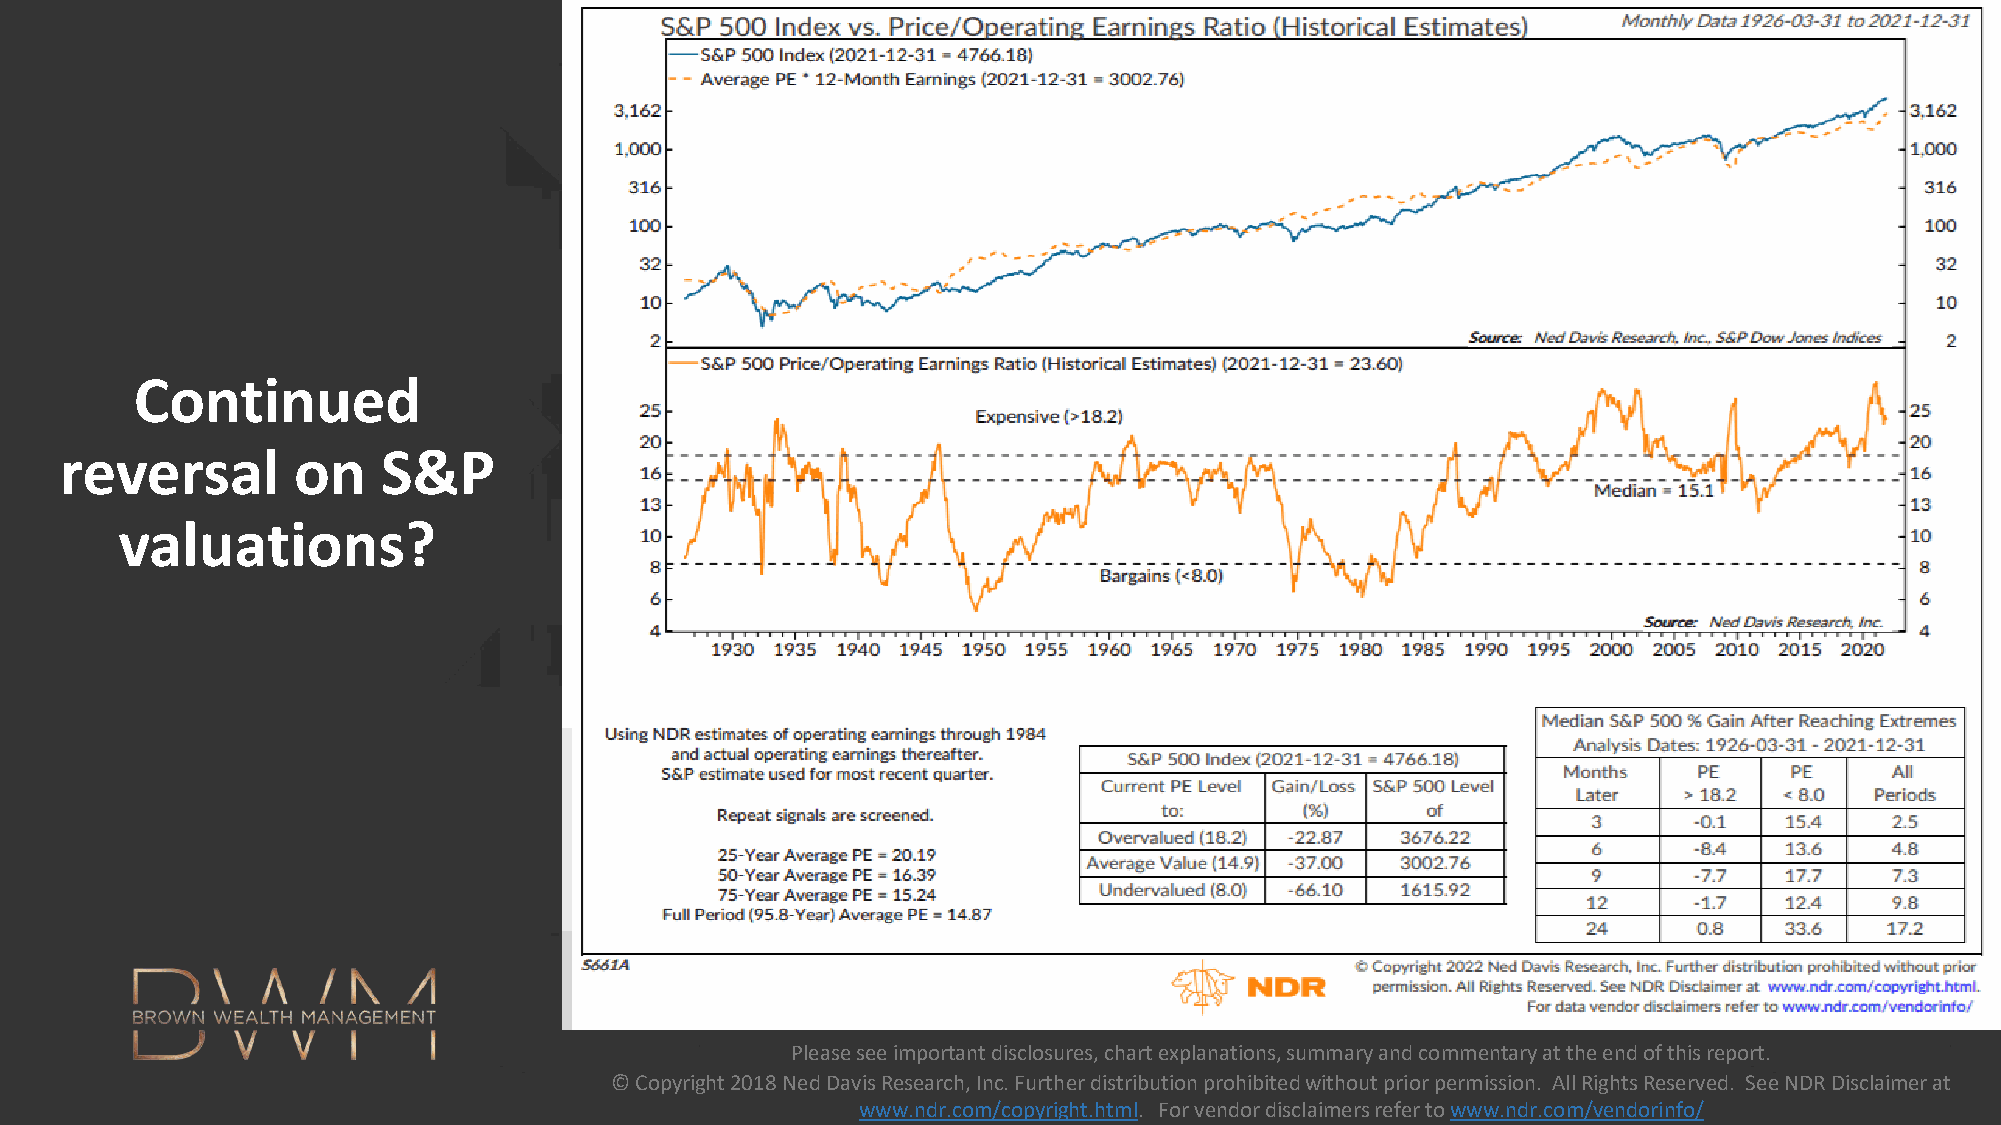
Continued
 reversal       on    S&P
 valuations?
 Please see important disclosures, chart explanations, summary and commentary at the end of this report.
 Please see important disclosures, chart explanations, © Copyright 2018 Ned Davis Research, Inc. Further distribution prohibited without prior permission. All Rights Reserved. See NDR Disclaimer at
 summary and commentary at the end of this report.      www.ndr.com/copyright.html. For vendor disclaimers refer to www.ndr.com/vendorinfo/